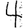
Digit: 4